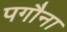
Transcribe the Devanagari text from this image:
पगौना